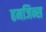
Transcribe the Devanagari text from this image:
हमजिन्स